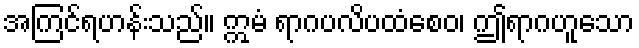
အကြင်ရဟန်းသည်။ ဣမံ ရာဂပလိပထံစေဝ၊ ဤရာဂဟူသော